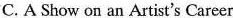
C. A Show on an Artist's Career